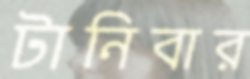
টানিবার